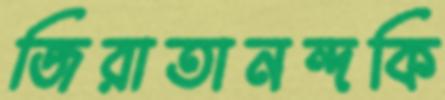
জিরাতানন্দকি